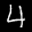
Label: 4